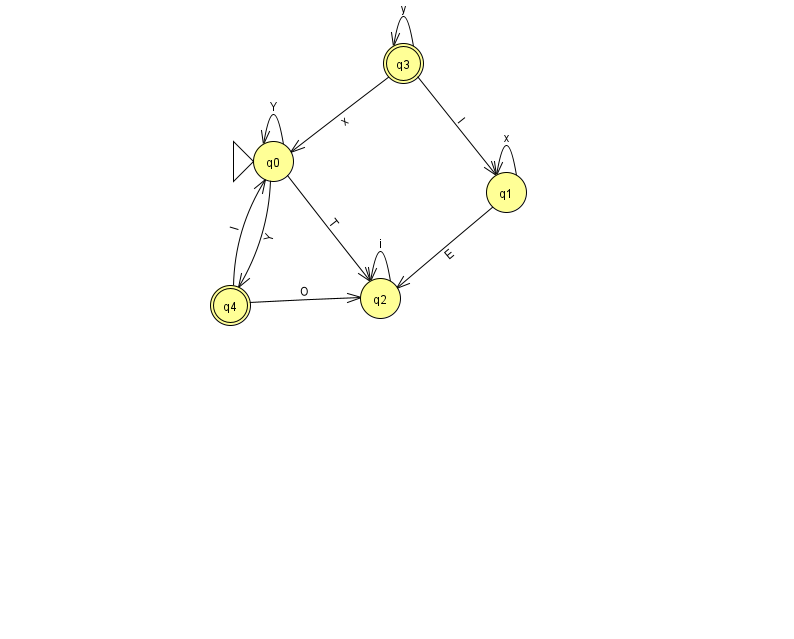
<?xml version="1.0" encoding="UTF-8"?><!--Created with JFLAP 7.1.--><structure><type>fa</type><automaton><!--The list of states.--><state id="0" name="q0"><x>273.0</x><y>148.0</y><initial/></state><state id="1" name="q1"><x>506.0</x><y>179.0</y></state><state id="2" name="q2"><x>380.0</x><y>285.0</y></state><state id="3" name="q3"><x>403.0</x><y>50.0</y><final/></state><state id="4" name="q4"><x>230.0</x><y>292.0</y><final/></state><!--The list of transitions.--><transition><from>3</from><to>1</to><read>I</read></transition><transition><from>0</from><to>4</to><read>Y</read></transition><transition><from>3</from><to>0</to><read>x</read></transition><transition><from>4</from><to>2</to><read>O</read></transition><transition><from>0</from><to>2</to><read>T</read></transition><transition><from>4</from><to>0</to><read>l</read></transition><transition><from>1</from><to>2</to><read>E</read></transition><transition><from>1</from><to>1</to><read>x</read></transition><transition><from>0</from><to>0</to><read>Y</read></transition><transition><from>2</from><to>2</to><read>i</read></transition><transition><from>3</from><to>3</to><read>y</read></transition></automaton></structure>